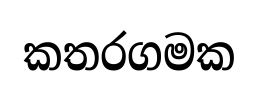
කතරගමක